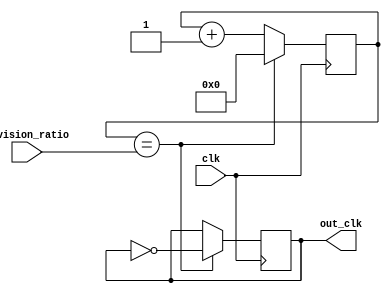
module clock_divider (
  input clk,
  input [7:0] division_ratio,
  output reg out_clk
);

reg [7:0] count;

always @ (posedge clk) begin
  if (count == division_ratio) begin
    out_clk <= ~out_clk;
    count <= 0;
  end else begin
    count <= count + 1;
  end
end

endmodule